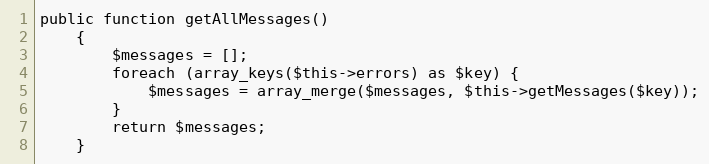
Language: PHP
public function getAllMessages()
    {
        $messages = [];
        foreach (array_keys($this->errors) as $key) {
            $messages = array_merge($messages, $this->getMessages($key));
        }
        return $messages;
    }